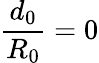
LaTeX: \frac{d_{0}}{R_{0}}=0